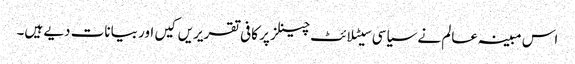
اس مبینہ عالم نے سیاسی سیٹلائٹ چینلز پر کافی تقریریں کیں اور بیانات دیے ہیں۔